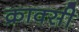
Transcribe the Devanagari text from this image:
क्राक्सी